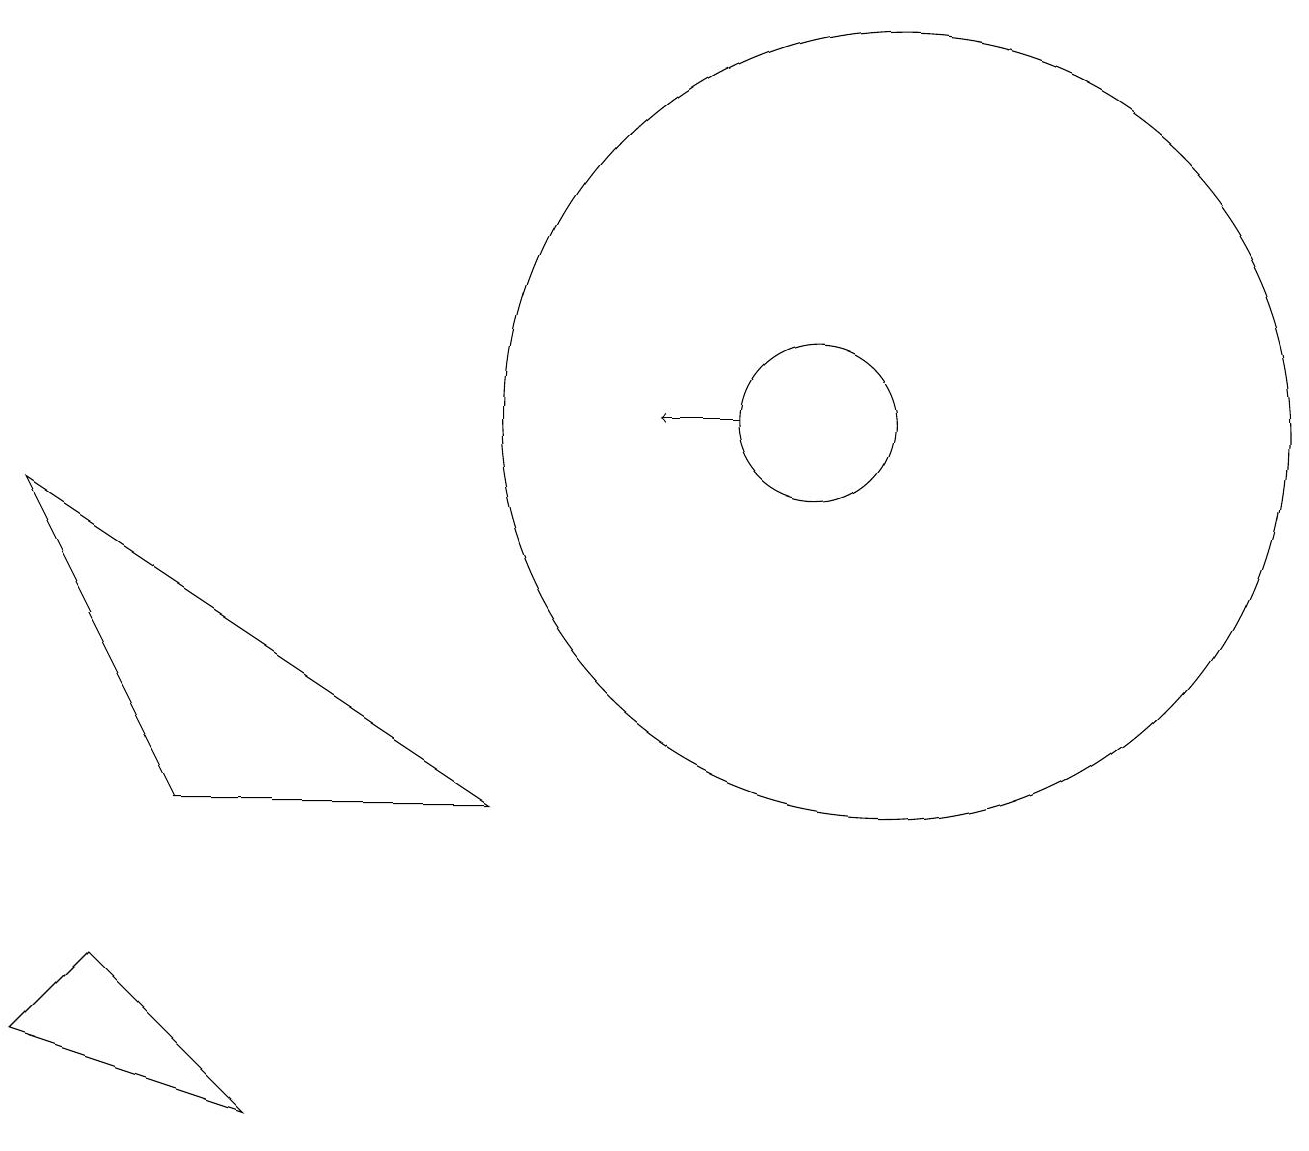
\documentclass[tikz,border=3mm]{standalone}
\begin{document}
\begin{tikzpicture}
\draw[->] (9,10) -- (8,10);
\draw (10,10) circle (1);
\draw (2,5) -- (0,9) -- (6,5) -- cycle;
\draw (1,3) -- (3,1) -- (0,2) -- cycle;
\draw (11,10) circle (5);
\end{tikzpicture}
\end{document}